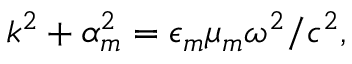
k ^ { 2 } + \alpha _ { m } ^ { 2 } = \epsilon _ { m } \mu _ { m } \omega ^ { 2 } / c ^ { 2 } ,